Civil Veterinary Dept. Bombay admin report 1907-1913 - 1907-1913
Year: 1907
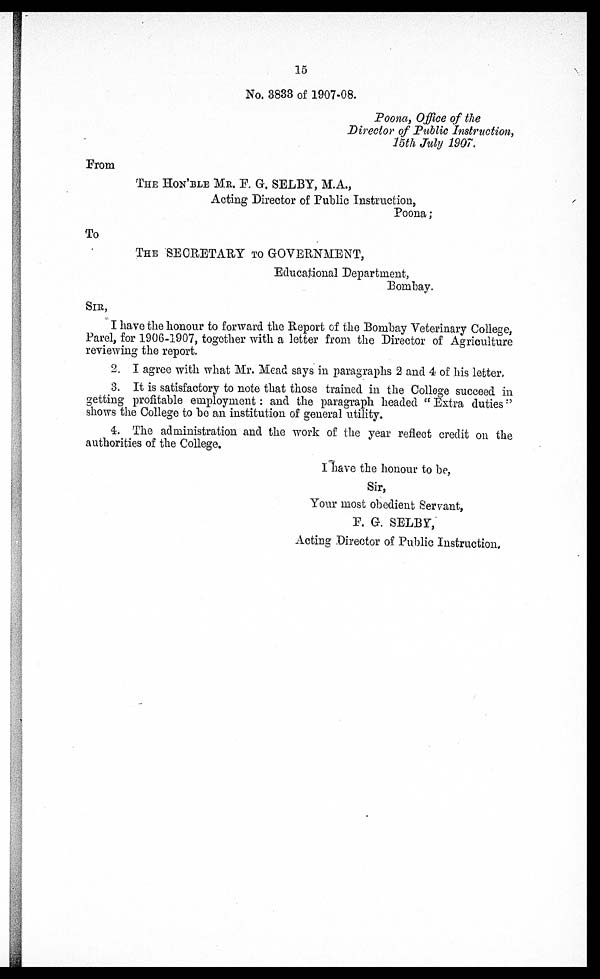
15
No. 3833 of 1907-08.
Poona, Office of the
Director of Public Instruction,
15th July 1907.
From
THE HON'BLE MR. F. G. SELBY, M.A.,
Acting Director of Public Instruction,
Poona;
To
THE SECRETARY TO GOVERNMENT,
Educational Department,
Bombay.
SIR,
I have the honour to forward the Report of the Bombay Veterinary College,
Parel, for 1906-1907, together with a letter from the Director of Agriculture
reviewing the report.
2. I agree with what Mr. Mead says in paragraphs 2 and 4 of his letter,
3. It is satisfactory to note that those trained in the College succeed in
getting profitable employment: and the paragraph headed "Extra duties"
shows the College to be an institution of general utility.
4. The administration and the work of the year reflect credit on the
authorities of the College.
I have the honour to be,
Sir,
Your most obedient Servant,
F.G. SELBY,
Acting Director of Public Instruction.